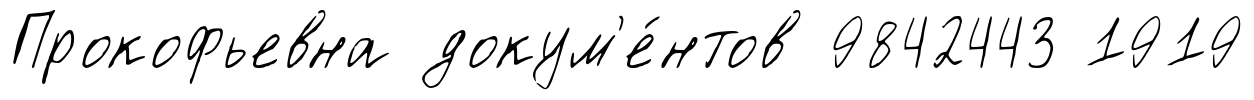
Прокофьевна докум'е́нтов 9842443 1919